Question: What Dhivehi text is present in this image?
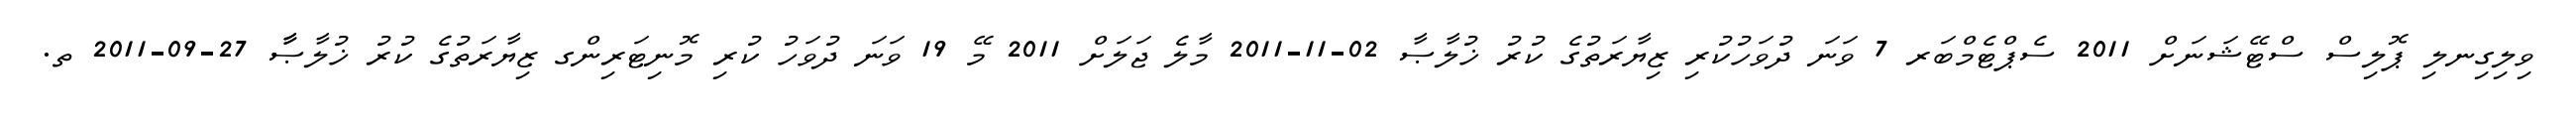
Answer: ވިލިގިނލި ޕޮލިސް ސްޓޭޝަނަށް 2011 ސެޕްޓެމްބަރ 7 ވަނަ ދުވަހުކުރި ޒިޔާރަތުގެ ކުރު ޚުލާޞާ 02-11-2011 މާލެ ޖަލަށް 2011 މޭ 19 ވަނަ ދުވަހު ކުރި މޮނިޓަރިންގ ޒިޔާރަތުގެ ކުރު ޚުލާޞާާ 27-09-2011 ތ.